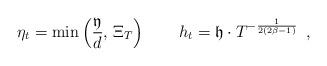
LaTeX: \begin{align*} \eta_t =\min\left(\frac{\mathfrak{y}}{d},\, \Xi_T\right) \qquad h_t = \mathfrak{h}\cdot T^{-\frac{1}{2(2\beta-1)}} \enspace,\end{align*}